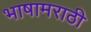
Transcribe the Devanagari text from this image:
भाषामराठी